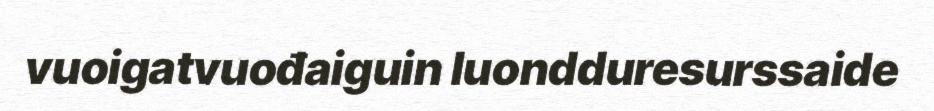
vuoigatvuođaiguin luondduresurssaide